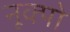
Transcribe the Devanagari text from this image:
नूक्पो